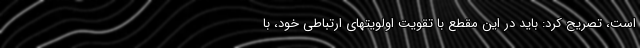
است، تصریح کرد: باید در این مقطع با تقویت اولویتهای ارتباطی خود، با